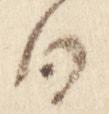
日